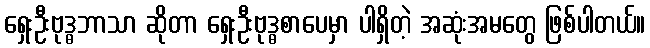
ရှေးဦးဗုဒ္ဓဘာသာ ဆိုတာ ရှေးဦးဗုဒ္ဓစာပေမှာ ပါရှိတဲ့ အဆုံးအမတွေ ဖြစ်ပါတယ်။